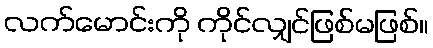
လက်မောင်းကို ကိုင်လျှင်ဖြစ်မဖြစ်။